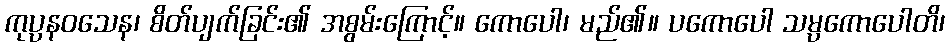
ကုပ္ပနဝသေန၊ စိတ်ပျက်ခြင်း၏ အစွမ်းကြောင့်။ ကောပေါ၊ မည်၏။ ပကောပေါ သမ္ပကောပေါတိ၊